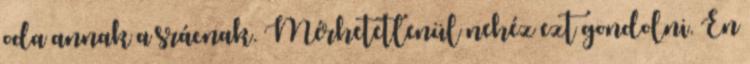
oda annak a srácnak. Mérhetetlenül nehéz ezt gondolni. Én